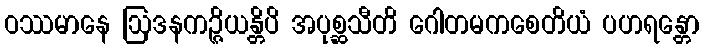
ဝဿမာနေ ဩဒနကဉ္ဇိယန္တိပိ အပုစ္ဆသီတိ ဂေါတမကစေတိယံ ပဟရန္တော